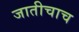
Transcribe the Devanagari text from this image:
जातीचाच